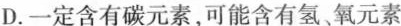
D.一定含有碳元素，可能含有氢。氧元素